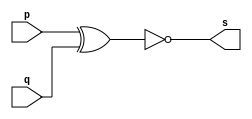
// Exercicio02 - XNOR
// Nome: Luiz Henrique da Costa Silva

// -- xnor gate

module xnorgate (output s, input p, q);
	assign s = ~(p ^ q);

endmodule			//xnorgate

// -- test xnor gate

module testxnorgate;
					//dados locais

	reg a, b;		//definir registradores
	
	wire s;		//definir conexao (fio)

					//instancia
	xnorgate XNOR1 (s, a, b);
					//preparacao
	initial begin:start
		a=0; b=0;	//atribuicao simultanea dos valores iniciais
	end
					//parte principal
					
	initial begin
		$display("Exercicio03 - Luiz Henrique da Costa Silva - 449800");
		$display("Test XNOR gate:");
		$display("\n ~(a ^ b) = s\n");
		$monitor("%b ^ %b = %b", a, b, s);
		#1 a = 0; b = 0;
		#1 a = 0; b = 1;
		#1 a = 1; b = 0;
		#1 a = 1; b = 1;

	end
endmodule //testnorgate